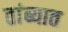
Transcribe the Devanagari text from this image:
तांब्यात